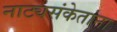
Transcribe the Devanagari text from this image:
नाट्यसंकेतांना